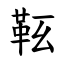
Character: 䩘